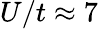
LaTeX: U/t\approx 7